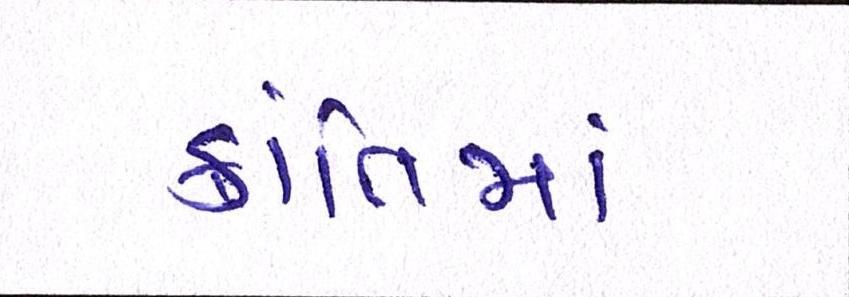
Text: ક્રાંતિમાં